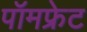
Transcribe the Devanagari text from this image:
पॉमफ्रेट